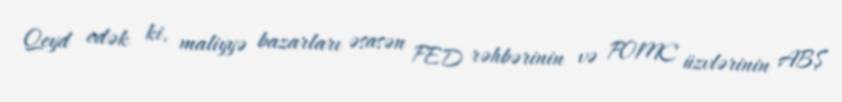
Qeyd edək ki, maliyyə bazarları əsasən FED rəhbərinin və FOMC üzvlərinin ABŞ